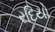
રદિયો